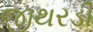
જીથરડી